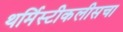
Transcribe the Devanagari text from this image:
थर्मिस्टीकलीसचा